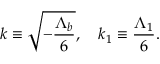
k \equiv \sqrt { - \frac { \Lambda _ { b } } { 6 } } , \ \ \ k _ { 1 } \equiv \frac { \Lambda _ { 1 } } { 6 } .